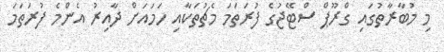
މި މުބާރާތުގައި ގްރޫޕް ސްޓޭޖުގެ ފުރަތަމަ މެޗުތަކާއި ހަމައަށް ދާއިރު އެންމެ ފުރަތަމަ